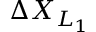
\Delta X _ { L _ { 1 } }